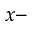
x -